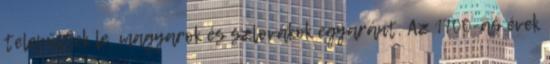
települtek le, magyarok és szlovákok egyaránt. Az 1700-as évek